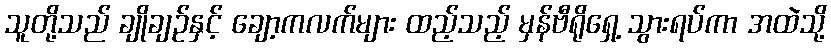
သူတို့သည် ချိုချဉ်နှင့် ချော့ကလက်များ ထည့်သည့် မှန်ဗီရိုရှေ့ သွားရပ်ကာ အထဲသို့